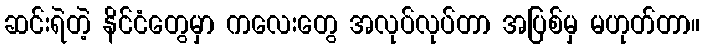
ဆင်းရဲတဲ့ နိင်ငံတွေမှာ ကလေးတွေ အလုပ်လုပ်တာ အပြစ်မှ မဟုတ်တာ။